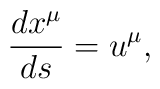
\frac{dx^\mu }{ds}=u^\mu ,